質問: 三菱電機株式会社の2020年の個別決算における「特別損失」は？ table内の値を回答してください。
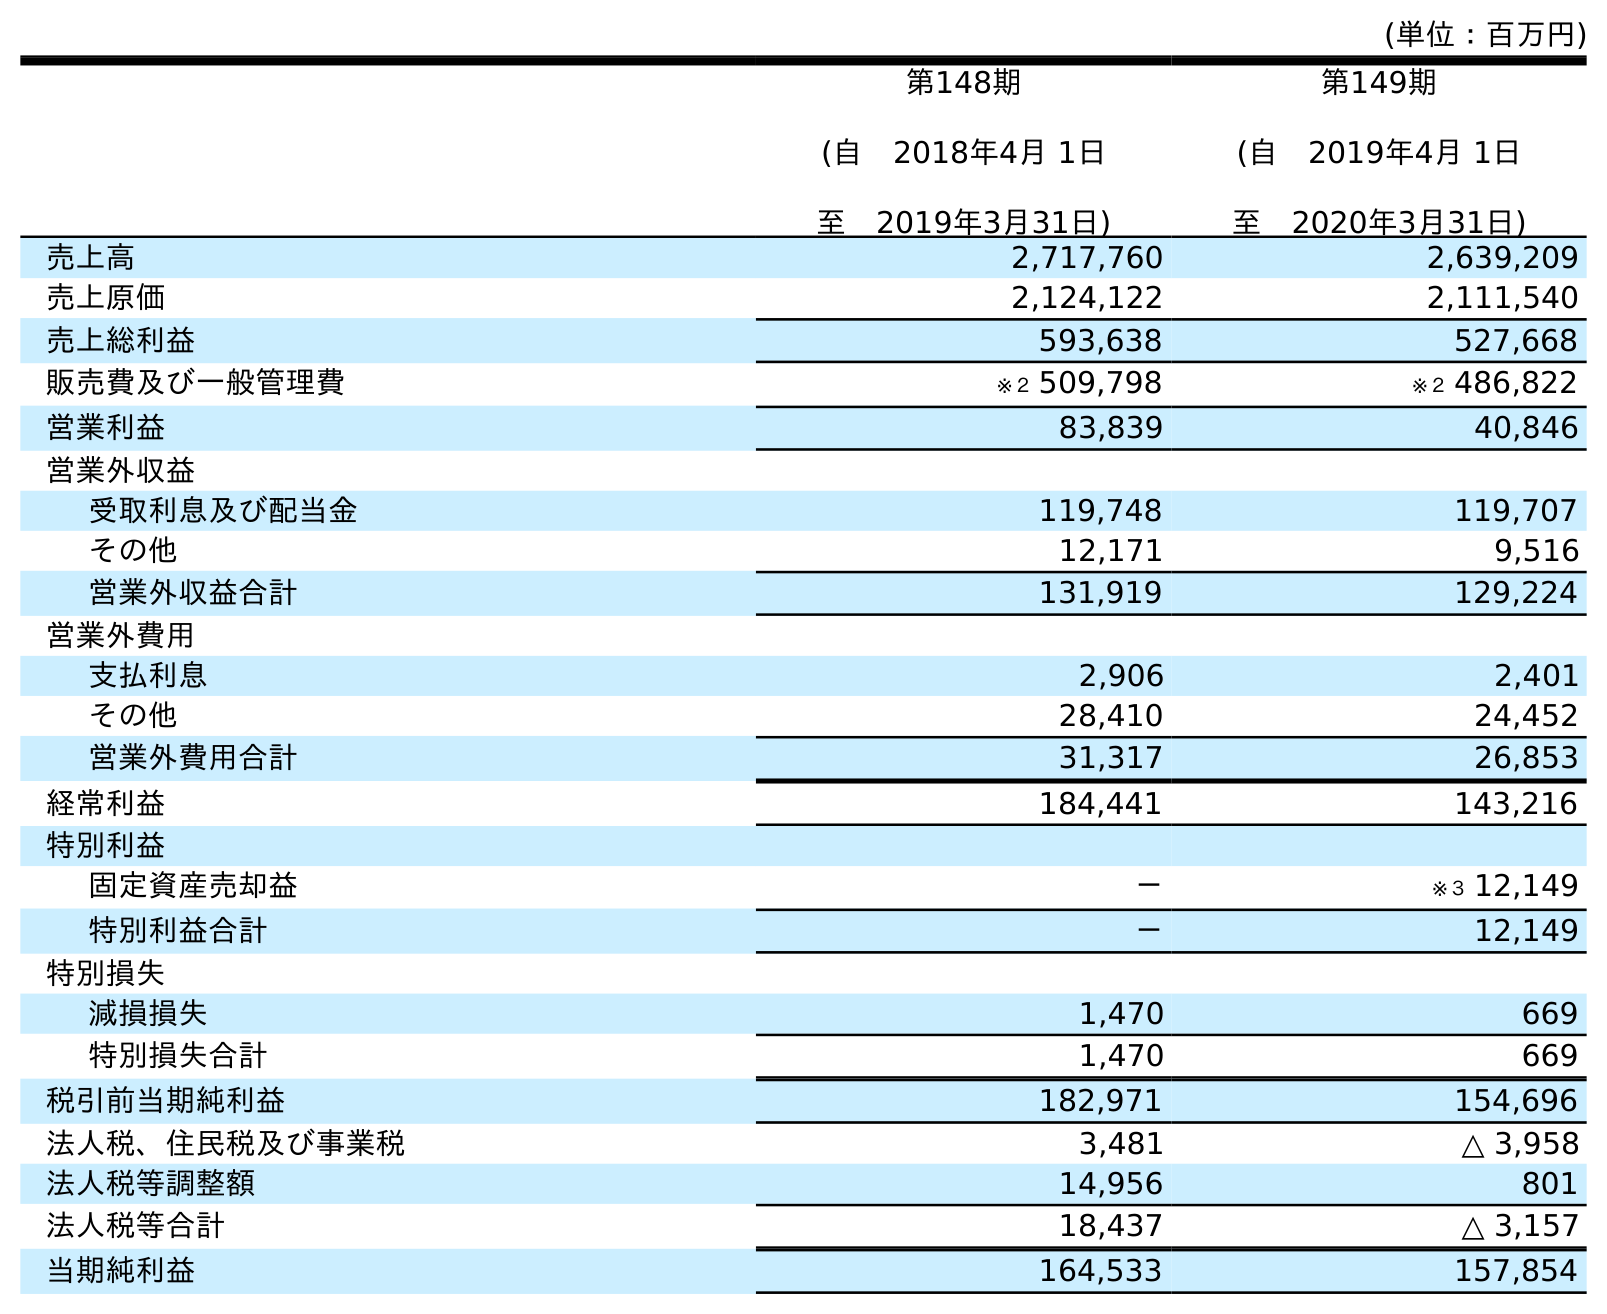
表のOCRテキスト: (単位：百万円) 第148期 (自 2018年4月 1日 至 2019年3月31日) 第149期 (自 2019年4月 1日 至 2020年3月31日) 売上高 2,717,760 2,639,209 売上原価 2,124,122 2,111,540 売上総利益 593,638 527,668 販売費及び一般管理費 ※２ 509,798 ※２ 486,822 営業利益 83,839 40,846 営業外収益 受取利息及び配当金 119,748 119,707 その他 12,171 9,516 営業外収益合計 131,919 129,224 営業外費用 支払利息 2,906 2,401 その他 28,410 24,452 営業外費用合計 31,317 26,853 経常利益 184,441 143,216 特別利益 固定資産売却益 － ※３ 12,149 特別利益合計 － 12,149 特別損失 減損損失 1,470 669 特別損失合計 1,470 669 税引前当期純利益 182,971 154,696 法人税、住民税及び事業税 3,481 △ 3,958 法人税等調整額 14,956 801 法人税等合計 18,437 △ 3,157 当期純利益 164,533 157,854
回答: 669